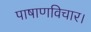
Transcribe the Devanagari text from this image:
पाषाणविचार।